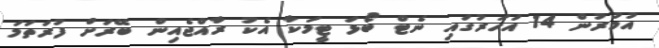
އުމުރުން 14 އަހަރުގައި ނެޓް ބޯޅަ ޓީމަކާ އެކު ރާއްޖެއިން ބޭރަށް ފުރަތަމަ